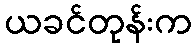
ယခင်တုန်းက